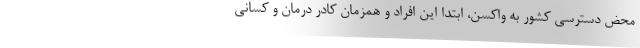
محض دسترسی کشور به واکسن، ابتدا این افراد و همزمان کادر درمان و کسانی